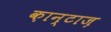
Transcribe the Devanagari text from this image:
क़ान्टाज़